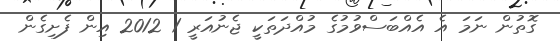
ގޮތުން ނަމަ އެ އެއްބަސްވުމުގެ މުއްދަތަކީ ޖެނުއަރީ 1 2012 އިން ފެށިގެން